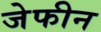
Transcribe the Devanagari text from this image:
जेफीन